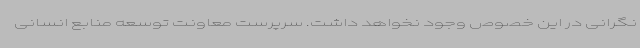
نگرانی در این خصوص وجود نخواهد داشت. سرپرست معاونت توسعه منابع انسانی